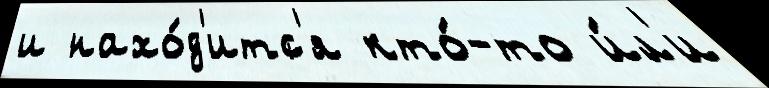
и нахо́д'итс'я кто́-то и́л'и